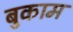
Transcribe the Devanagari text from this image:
बुकाम